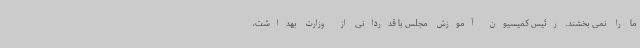
ما را نمی بخشند. رئیس کمیسیون آموزش مجلس با قدردانی از وزارت بهداشت،